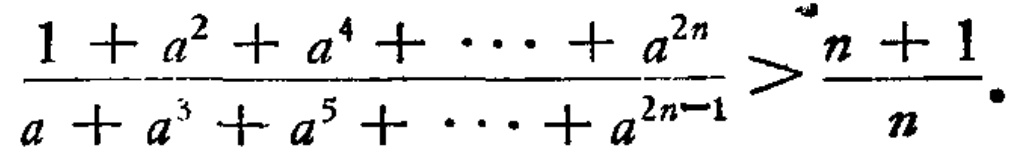
\(\frac{1 + a^{2} + a^{4} + \cdots + a^{2n}}{a + a^{3} + a^{5} + \cdots + a^{2n - 1}} > \frac{n + 1}{n}\)